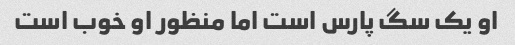
او یک سگ پارس است اما منظور او خوب است